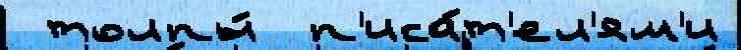
 толпы́  п'иса́т'ел'ям'и